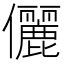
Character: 儷